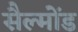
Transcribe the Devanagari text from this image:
सैल्मोंड